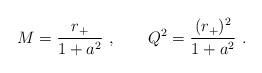
LaTeX: \begin{align*}M= {r_+\over 1+a^2 } \ ,\qquad Q^2 ={(r_+) ^2\over 1+a^2 } \ .\end{align*}